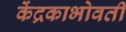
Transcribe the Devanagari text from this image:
केंद्रकाभोवती